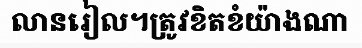
លានរៀល។ត្រូវខិតខំយ៉ាងណា